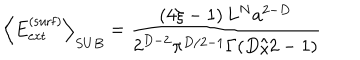
LaTeX: \left\langle E _ { \mathrm { e x t } } ^ { \mathrm { ( s u r f ) } } \right\rangle _ { S U B } = \frac { \left( 4 \xi - 1 \right) L ^ { N } a ^ { 2 - D } } { 2 ^ { D - 2 } \pi ^ { D / 2 - 1 } \Gamma ( D / 2 - 1 ) }